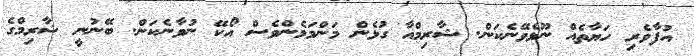
އުފާވެރި ހަޔާތެއް ނޫޅެވޭނެކަން. ޝާރިމްއާ ގުޅެން މަންމަމެންވެސް އޯކޭ ނުވާނެކަން. ބޭނުނީ ޝާރިމްގެ